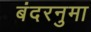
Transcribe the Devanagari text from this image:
बंदरनुमा